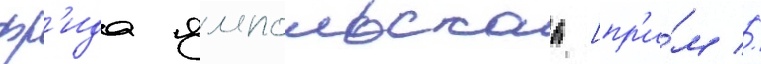
фр'ида ямпольскаа [пр'и́м //